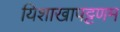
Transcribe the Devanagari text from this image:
यिशाखापट्टणम